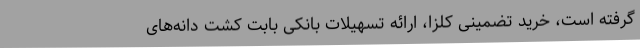
گرفته است، خرید تضمینی کلزا، ارائه تسهیلات بانکی بابت کشت دانه‌های